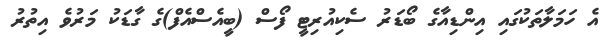
އެ ހަމަލާތަކުގައި އިންޑިއާގެ ބޯޑަރު ސެކިއުރިޓީ ފޯސް (ބީއެސްއެފް)ގެ ގާޑަކު މަރުވެ އިތުރު